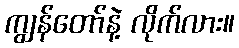
ကျွန်တော်နဲ့ လိုက်လား။